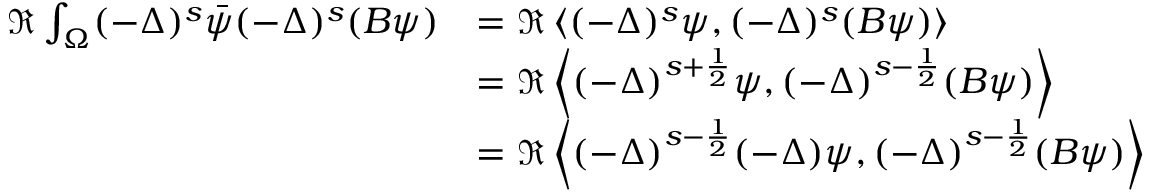
\begin{array} { r l } { \Re \int _ { \Omega } ( - \Delta ) ^ { s } \Bar { \psi } ( - \Delta ) ^ { s } ( B \psi ) } & { = \Re \left\langle ( - \Delta ) ^ { s } \psi , ( - \Delta ) ^ { s } ( B \psi ) \right\rangle } \\ & { = \Re \left\langle ( - \Delta ) ^ { s + \frac { 1 } { 2 } } \psi , ( - \Delta ) ^ { s - \frac { 1 } { 2 } } ( B \psi ) \right\rangle } \\ & { = \Re \left\langle ( - \Delta ) ^ { s - \frac { 1 } { 2 } } ( - \Delta ) \psi , ( - \Delta ) ^ { s - \frac { 1 } { 2 } } ( B \psi ) \right\rangle } \end{array}